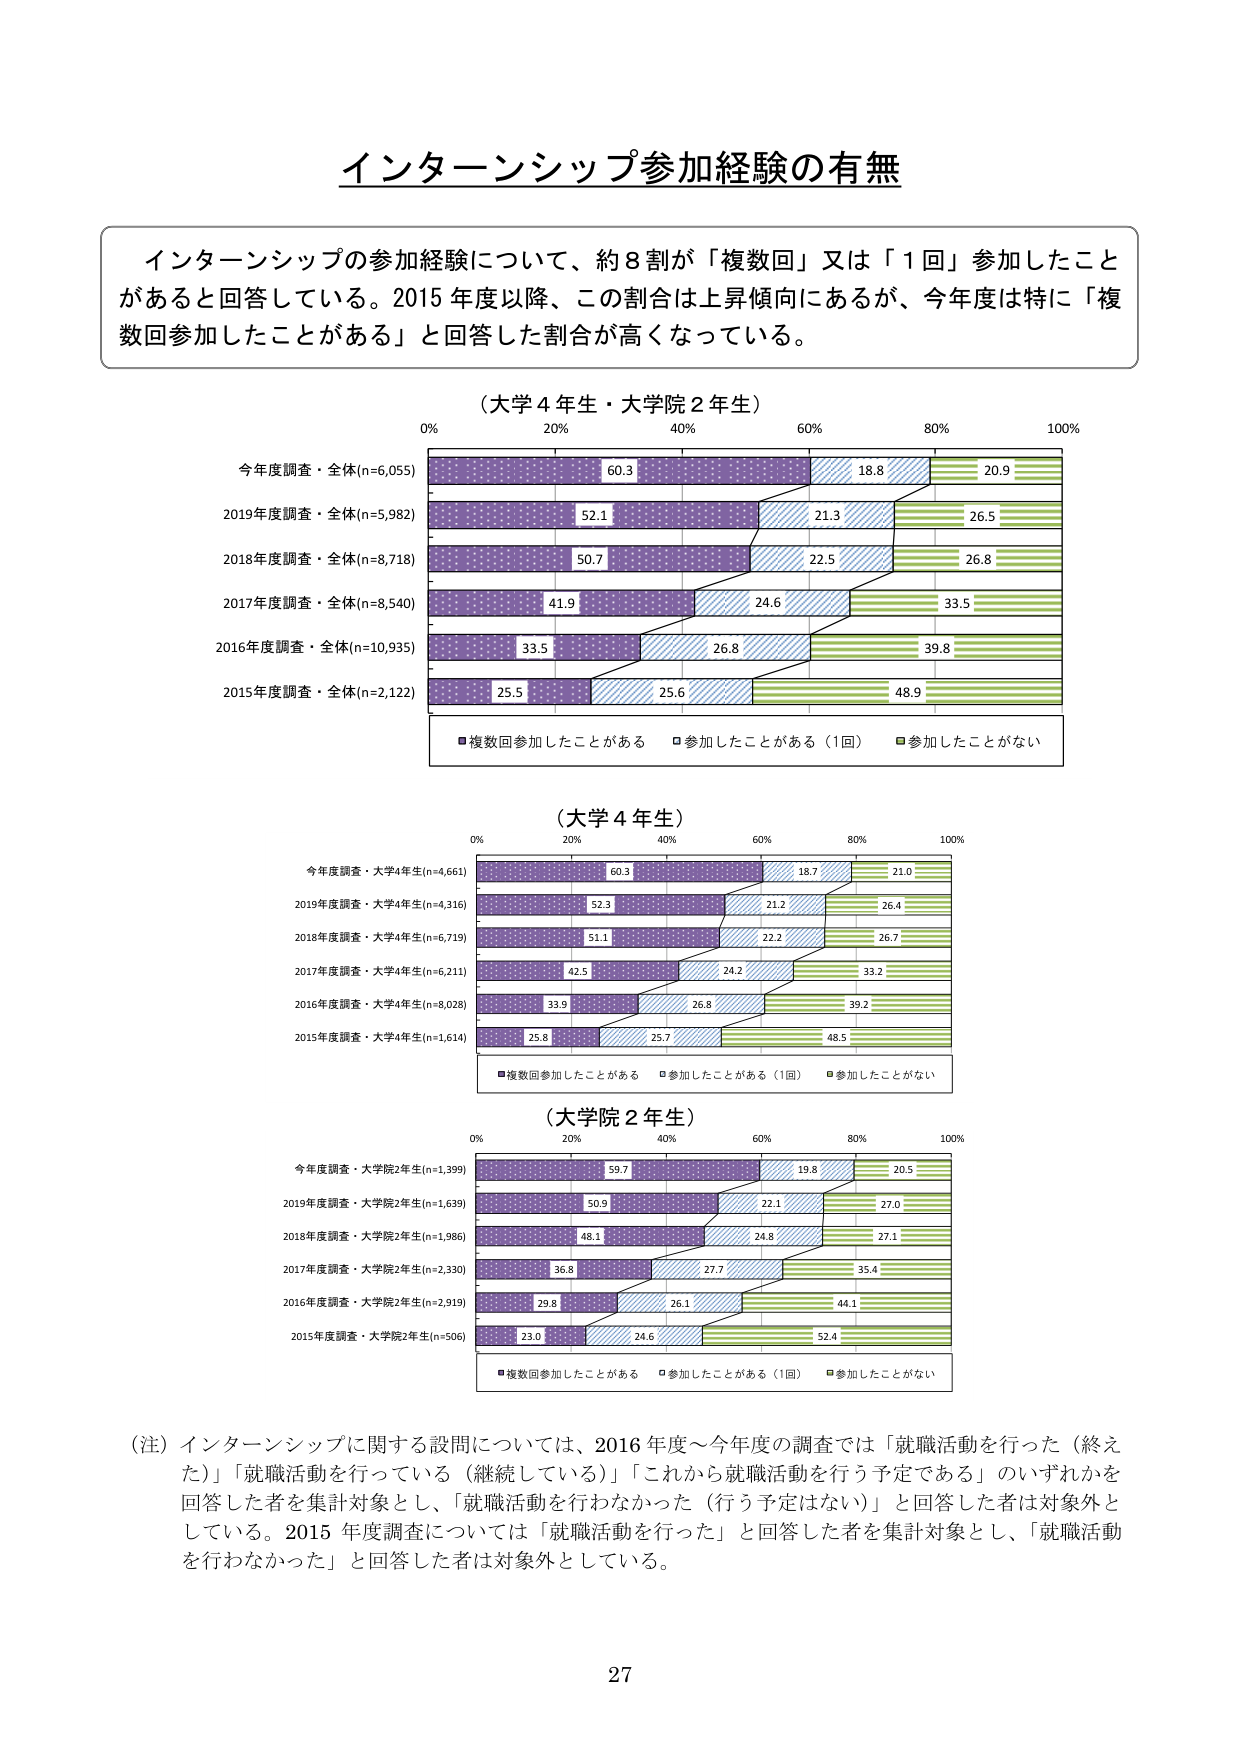
インターンシップ参加経験の有無

インターンシップの参加経験について、約８割が「複数回」又は「１回」参加したことがあると回答している。2015年度以降、この割合は上昇傾向にあるが、今年度は特に「複数回参加したことがある」と回答した割合が高くなっている。

（大学４年生・大学院２年生）
0% 20% 40% 60% 80% 100%
今年度調査・全体(n=6,055) 60.3 18.8 20.9
2019年度調査・全体(n=5,982) 52.1 21.3 26.5
2018年度調査・全体(n=8,718) 50.7 22.5 26.8
2017年度調査・全体(n=8,540) 41.9 24.6 33.5
2016年度調査・全体(n=10,935) 33.5 26.8 39.8
2015年度調査・全体(n=2,122) 25.5 25.6 48.9
■複数回参加したことがある □参加したことがある（1回） ■参加したことがない

（大学４年生）
0% 20% 40% 60% 80% 100%
今年度調査・大学4年生(n=4,661) 60.3 18.7 21.0
2019年度調査・大学4年生(n=4,316) 52.3 21.2 26.4
2018年度調査・大学4年生(n=6,719) 51.1 22.2 26.7
2017年度調査・大学4年生(n=6,211) 42.5 24.2 33.2
2016年度調査・大学4年生(n=8,028) 33.9 26.8 39.2
2015年度調査・大学4年生(n=1,614) 25.8 25.7 48.5
■複数回参加したことがある □参加したことがある（1回） ■参加したことがない

（大学院２年生）
0% 20% 40% 60% 80% 100%
今年度調査・大学院2年生(n=1,399) 59.7 19.8 20.5
2019年度調査・大学院2年生(n=1,639) 50.9 22.1 27.0
2018年度調査・大学院2年生(n=1,986) 48.1 24.8 27.1
2017年度調査・大学院2年生(n=2,330) 36.8 27.7 35.4
2016年度調査・大学院2年生(n=2,919) 29.8 26.1 44.1
2015年度調査・大学院2年生(n=506) 23.0 24.6 52.4
■複数回参加したことがある □参加したことがある（1回） ■参加したことがない

（注）インターンシップに関する設問については、2016年度～今年度の調査では「就職活動を行った（終えた）」「就職活動を行っている（継続している）」「これから就職活動を行う予定である」のいずれかを回答した者を集計対象とし、「就職活動を行わなかった（行う予定はない）」と回答した者は対象外としている。2015年度調査については「就職活動を行った」と回答した者を集計対象とし、「就職活動を行わなかった」と回答した者は対象外としている。

27